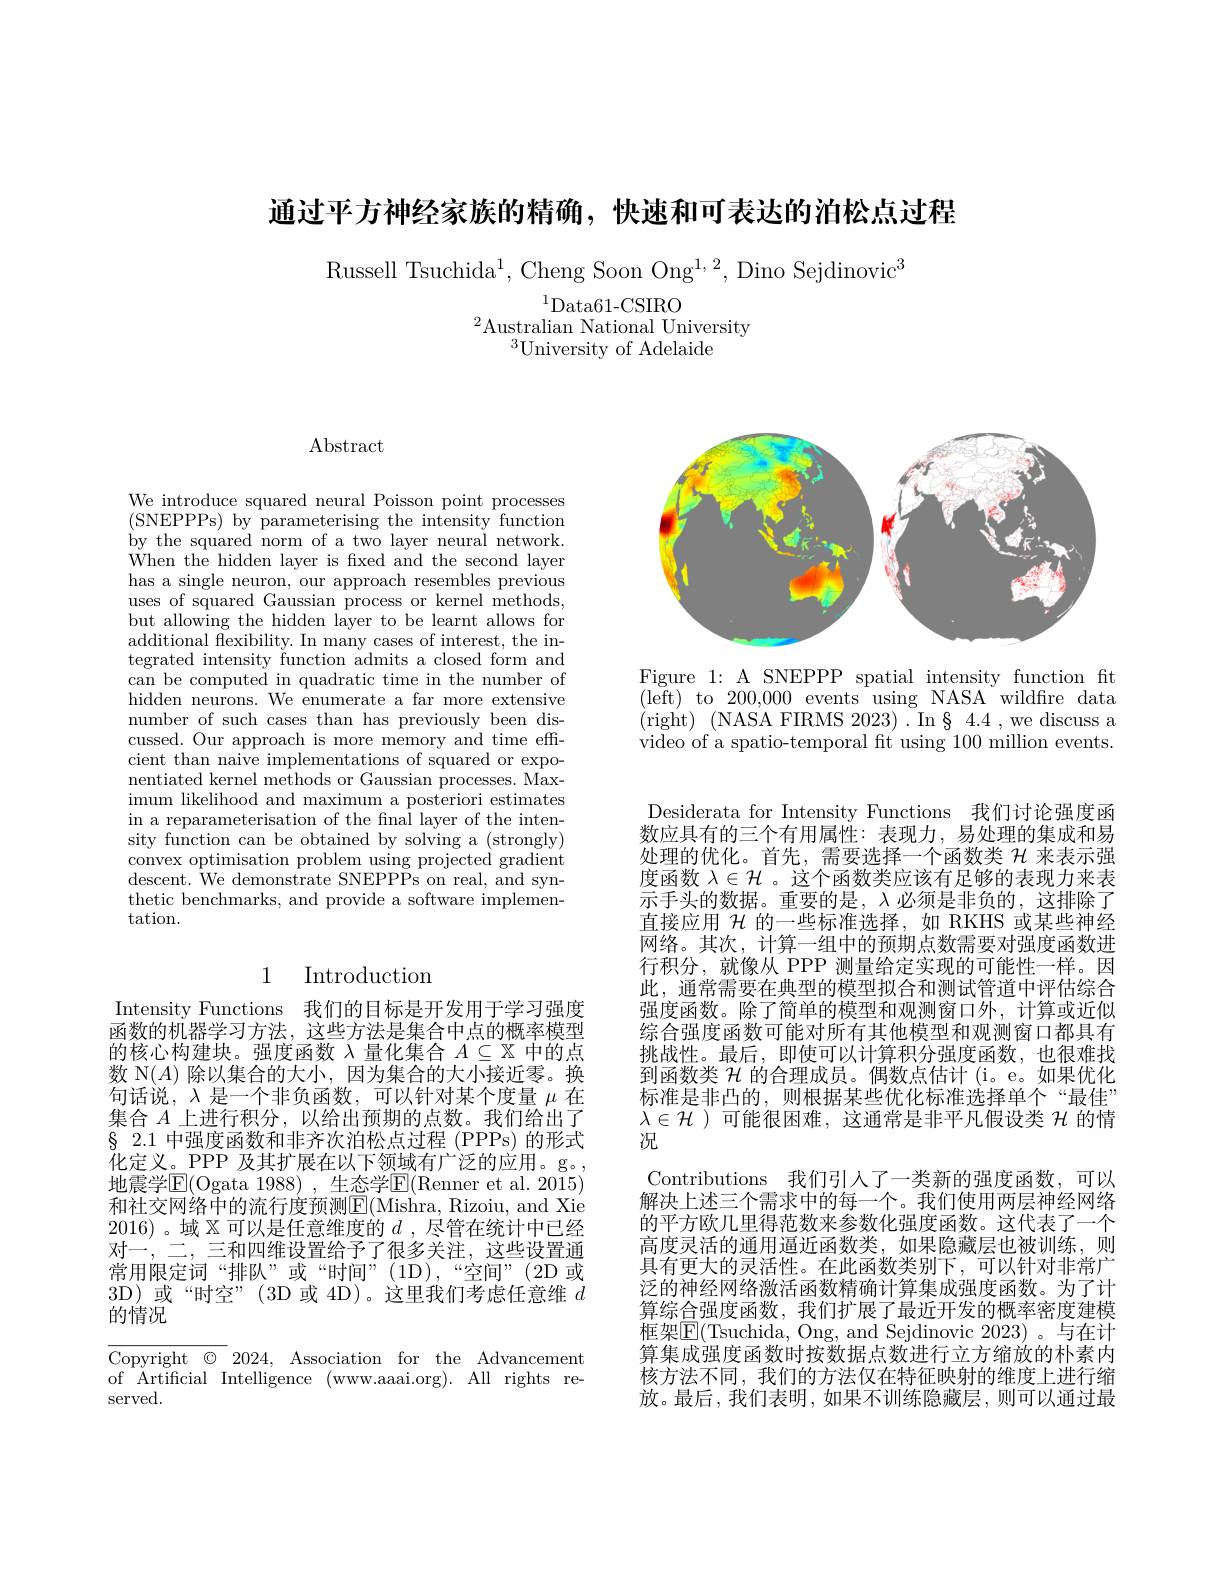
通过平方神经家族的精确，快速和可表达的泊松点过程

Russell Tsuchida$^1$, Cheng Soon Ong$^1,2$, Dino Sejdinovic$^3$
$^{1}$Data61-CSIRO
$^{2}$Australian National University
$^3$University of Adelaide

Abstract

We introduce squared neural Poisson point processes (SNEPPPs) by parameterising the intensity function by the squared norm of a two layer neural network. When the hidden layer is fxed and the second layer has a single neuron, our approach resembles previous uses of squared Gaussian process or kernel methods, but allowing the hidden layer to be learnt allows for additional fexibility. In many cases of interest, the integrated intensity function admits a closed form and can be computed in quadratic time in the number of hidden neurons. We enumerate a far more extensive number of such cases than has previously been discussed. Our approach is more memory and time effcient than naive implementations of squared or exponentiated kernel methods or Gaussian processes. Maximum likelihood and maximum a posteriori estimates in a reparameterisation of the fnal layer of the intensity function can be obtained by solving a (strongly) convex optimisation problem using projected gradient descent. We demonstrate SNEPPPs on real, and synthetic benchmarks, and provide a software implementation.

## 1 Introduction

Intensity Functions 我们的目标是开发用于学习强度函数的机器学习方法，这些方法是集合中点的概率模型的核心构建块。强度函数$\lambda$量化集合$A\subseteq\mathbb{X}$中的点数 N$(A)$除以集合的大小，因为集合的大小接近零。换句话说，$\lambda$是一个非负函数，可以针对某个度量$\mu$在集合$A$上进行积分，以给出预期的点数。我们给出了$\S$ 2.1 中强度函数和非齐次泊松点过程 (PPPs)的形式化定义。PPP 及其扩展在以下领域有广泛的应用。g。, 地震学$\operatorname{E}($Ogata 1988),生态学$\operatorname{E}($Renner et al. 2015) 和社交网络中的流行度预测E(Mishra, Rizoiu, and Xie 2016)。域$\mathbb{X}$可以是任意维度的$d$ ,尽管在统计中已经对一，二，三和四维设置给予了很多关注，这些设置通常用限定词“排队”或“时间”(1D),“空间”(2D或3D)或“时空”(3D或4D)。这里我们考虑任意维$d$ 的情况
Copyright $\textcircled {}$ $\textcircled {2}024$, Association for the Advancement

of Artificial Intelligence (www.aaai.org). All rights re-
served.

<FigureHere>

Figure 1: A SNEPPP spatial intensity function fit ( left) to 200, 000 events using NASA wildfire data ( right) ( NASA FIRMS 2023) . In § 4. 4 , we discuss a video of a spatio-temporal ft using 100 million events.

Desiderata for Intensity Functions 我们讨论强度函数应具有的三个有用属性：表现力，易处理的集成和易处理的优化。首先，需要选择一个函数类$\mathcal{H}$来表示强度函数$\lambda\in\mathcal{H}$ 。这个函数类应该有足够的表现力来表示手头的数据。重要的是，$\lambda$必须是非负的，这排除了直接应用$\mathcal{H}$的一些标准选择，如 RKHS 或某些神经网络。其次，计算一组中的预期点数需要对强度函数进行积分，就像从 PPP 测量给定实现的可能性一样。因此，通常需要在典型的模型拟合和测试管道中评估综合强度函数。除了简单的模型和观测窗口外，计算或近似综合强度函数可能对所有其他模型和观测窗口都具有挑战性。最后，即使可以计算积分强度函数，也很难找到函数类$\mathcal{H}$的合理成员。偶数点估计 (i。e。如果优化标准是非凸的，则根据某些优化标准选择单个“最佳” $\lambda\in\mathcal{H}$ )可能很困难，这通常是非平凡假设类$\mathcal{H}$的情况
Contributions 我们引人了一类新的强度函数，可以解决上述三个需求中的每一个。我们使用两层神经网络的平方欧几里得范数来参数化强度函数。这代表了一个高度灵活的通用逼近函数类，如果隐藏层也被训练，则具有更大的灵活性。在此函数类别下，可以针对非常广泛的神经网络激活函数精确计算集成强度函数。为了计算综合强度函数，我们扩展了最近开发的概率密度建模框架$\boxed{\mathrm{E}}($Tsuchida, Ong, and Sejdinovic 2023)。与在计算集成强度函数时按数据点数进行立方缩放的朴素内核方法不同，我们的方法仅在特征映射的维度上进行缩放。最后，我们表明，如果不训练隐藏层，则可以通过最